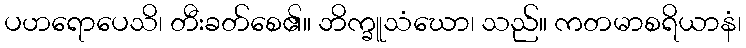
ပဟရောပေသိ၊ တီးခတ်စေ၏။ ဘိက္ခူသံဃော၊ သည်။ ကတမာစရိယာနံ၊